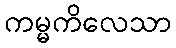
ကမ္မကိလေသာ